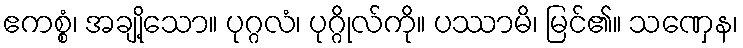
ဧကစ္စံ၊ အချို့သော။ ပုဂ္ဂလံ၊ ပုဂ္ဂိုလ်ကို။ ပဿာမိ၊ မြင်၏။ သဏှေန၊